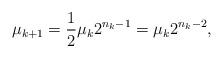
LaTeX: \begin{align*} \mu_{k+1} = \frac{1}{2}\mu_k 2^{n_k-1} = \mu_k 2^{n_k-2},\end{align*}